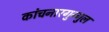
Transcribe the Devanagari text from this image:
कांचनारगुग्गुल